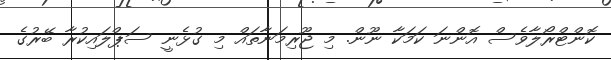
ކޮންޓްރޯލާވެސް އޮންނަ ކަމަކާ ނޫން. މި ޖޫރިމަނާތައް މި ގުޅެނީ ސަޕްލައިކުރާ ބޭރުގެ